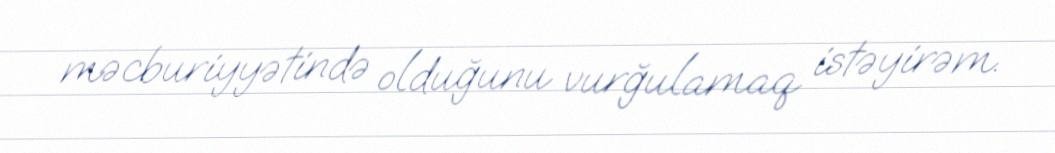
məcburiyyətində olduğunu vurğulamaq istəyirəm.